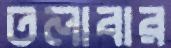
তলাবার